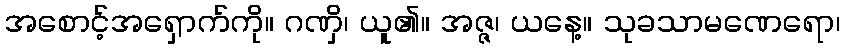
အစောင့်အရှောက်ကို။ ဂဏှိ၊ ယူ၏။ အဇ္ဇ၊ ယနေ့။ သုခသာမဏေရော၊